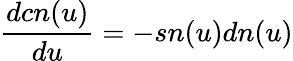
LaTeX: \frac{dcn(u)}{du}=-sn(u)dn(u)